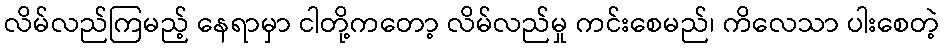
လိမ်လည်ကြမည့် နေရာမှာ ငါတို့ကတော့ လိမ်လည်မှု ကင်းစေမည်၊ ကိလေသာ ပါးစေတဲ့